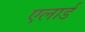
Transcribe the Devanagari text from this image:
एलार्ड